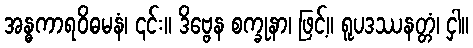
အန္ဓကာရဝိဓမနံ၊ ၎င်း။ ဒိဗ္ဗေန စက္ခုနာ၊ ဖြင့်။ ရူပဒဿနတ္တံ၊ ငှါ။